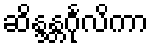
ဆိန္ဒန္တင်္ဂုလိကာ